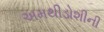
અમથીડોશીની